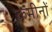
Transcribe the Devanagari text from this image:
कमीनों